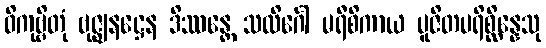
ဝိကုဗ္ဗိတုံ ဗုဇ္ဈနဋ္ဌေန ဒိဿန္တေ သလိင်္ဂေါ မရီစိကာယ ပူဇိတပရိစ္ဆိန္နေသု